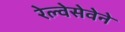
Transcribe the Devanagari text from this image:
रेल्वेसेवेने